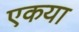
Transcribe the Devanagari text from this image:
एकया